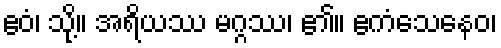
ဧဝံ၊ သို့။ အရိယဿ မဂ္ဂဿ၊ ၏။ ဧကံသေနေဝ၊